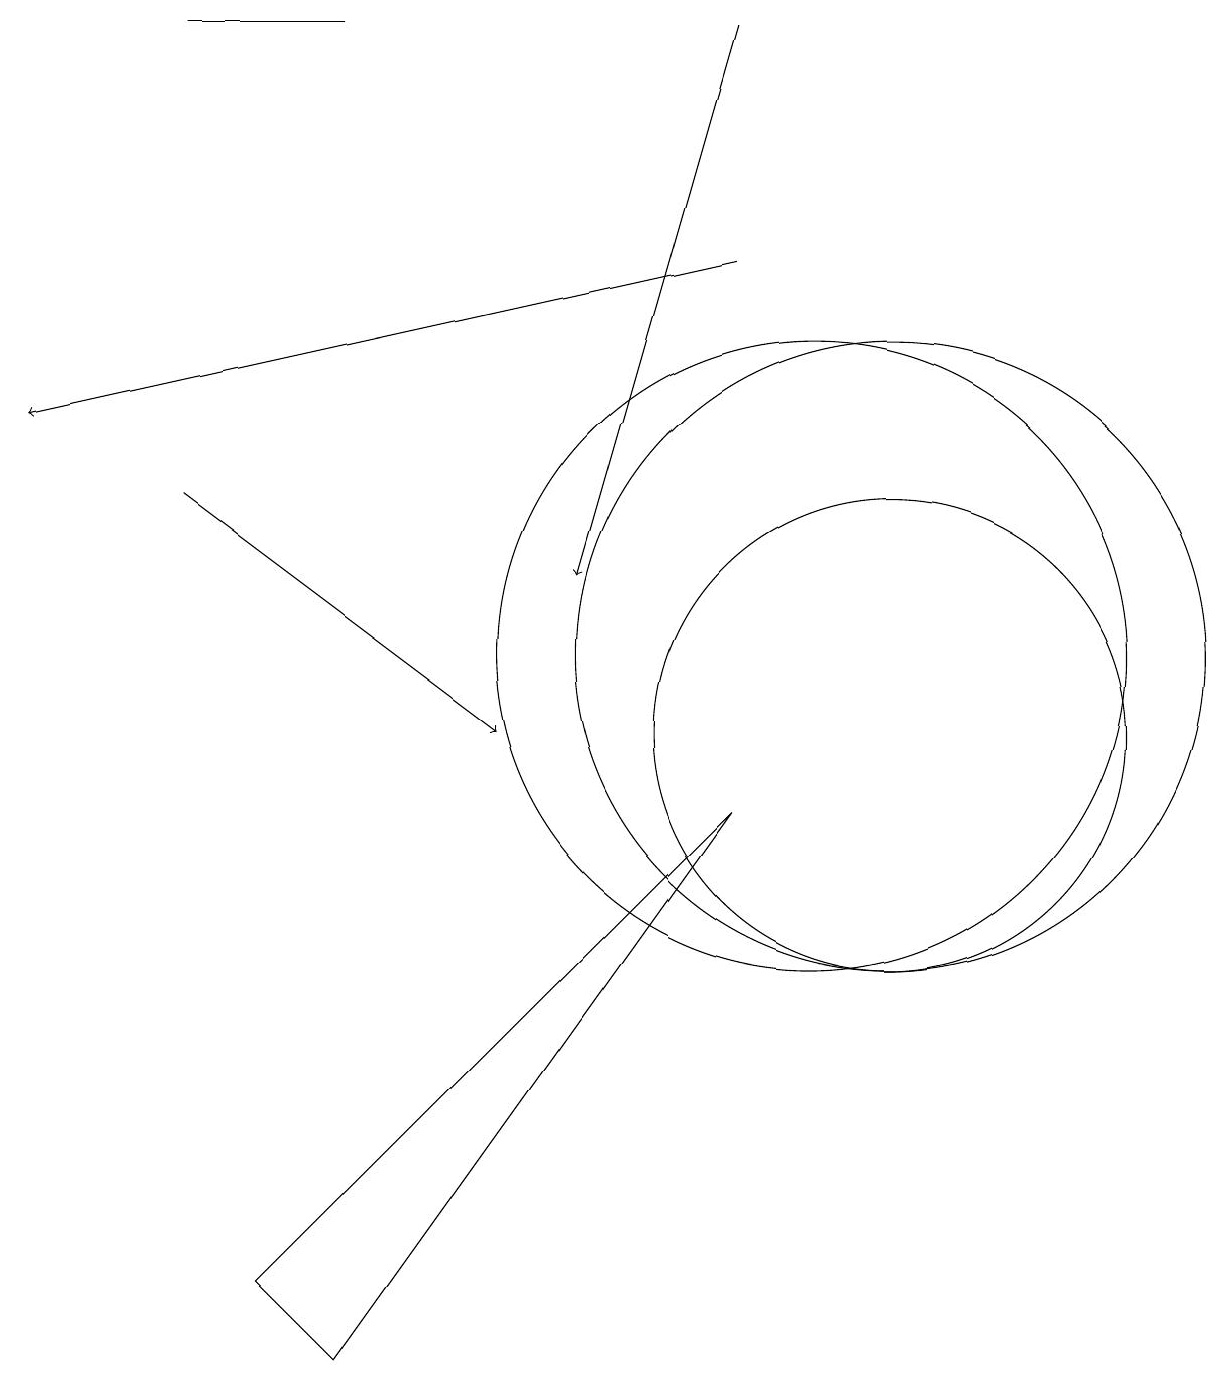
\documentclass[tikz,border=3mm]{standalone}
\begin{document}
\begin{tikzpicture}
\draw (10,11) circle (4);
\draw[->] (9,16) -- (0,14);
\draw (11,11) circle (4);
\draw[->] (2,13) -- (6,10);
\draw (11,10) circle (3);
\draw (4,19) rectangle (2,19);
\draw (9,9) -- (4,2) -- (3,3) -- cycle;
\draw[->] (9,19) -- (7,12);
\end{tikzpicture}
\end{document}